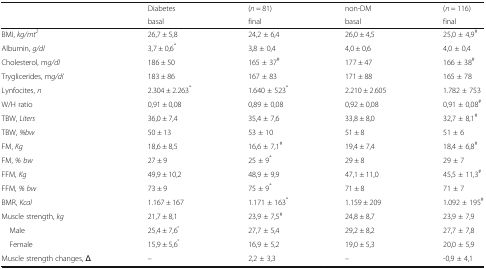
| <ROWSPAN=2>  | Diabetes | (n = 81) | non-DM | (n = 116) |
 | basal | final | basal | final |
 | --- | --- | --- | --- | --- |
 | BMI, kg/mt2 | 26,7 ± 5,8 | 24,2 ± 6,4 | 26,0 ± 4,5 | 25,0 ± 4,9# |
 | Albumin, g/dl | 3,7 ± 0,6* | 3,8 ± 0,4 | 4,0 ± 0,6 | 4,0 ± 0,4 |
 | Cholesterol, mg/dl | 186 ± 50 | 165 ± 37# | 177 ± 47 | 166 ± 38# |
 | Tryglicerides, mg/dl | 183 ± 86 | 167 ± 83 | 171 ± 88 | 165 ± 78 |
 | Lynfocites, n | 2.304 ± 2.263* | 1.640 ± 523* | 2.210 ± 2.605 | 1.782 ± 753 |
 | W/H ratio | 0,91 ± 0,08 | 0,89 ± 0,08 | 0,92 ± 0,08 | 0,91 ± 0,08# |
 | TBW, Liters | 36,0 ± 7,4 | 35,4 ± 7,6 | 33,8 ± 8,0 | 32,7 ± 8,1# |
 | TBW, %bw | 50 ± 13 | 53 ± 10 | 51 ± 8 | 51 ± 6 |
 | FM, Kg | 18,6 ± 8,5 | 16,6 ± 7,1# | 19,4 ± 7,4 | 18,4 ± 6,8# |
 | FM, % bw | 27 ± 9 | 25 ± 9* | 29 ± 8 | 29 ± 7 |
 | FFM, Kg | 49,9 ± 10,2 | 48,9 ± 9,9 | 47,1 ± 11,0 | 45,5 ± 11,3# |
 | FFM, % bw | 73 ± 9 | 75 ± 9* | 71 ± 8 | 71 ± 7 |
 | BMR, Kcal | 1.167 ± 167 | 1.171 ± 163* | 1.159 ± 209 | 1.092 ± 195# |
 | Muscle strength, kg | 21,7 ± 8,1 | 23,9 ± 7,5# | 24,8 ± 8,7 | 23,9 ± 7,9 |
 | Male | 25,4 ± 7,6° | 27,7 ± 5,4 | 29,2 ± 8,2 | 27,7 ± 7,8 |
 | Female | 15,9 ± 5,6° | 16,9 ± 5,2 | 19,0 ± 5,3 | 20,0 ± 5,9 |
 | Muscle strength changes, Δ | – | 2,2 ± 3,3 | – | -0,9 ± 4,1 |